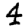
Digit: 4